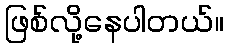
ဖြစ်လို့နေပါတယ်။